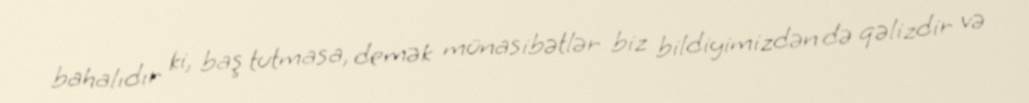
bahalıdır ki, baş tutmasa, demək münasibətlər biz bildiyimizdən də qəlizdir və